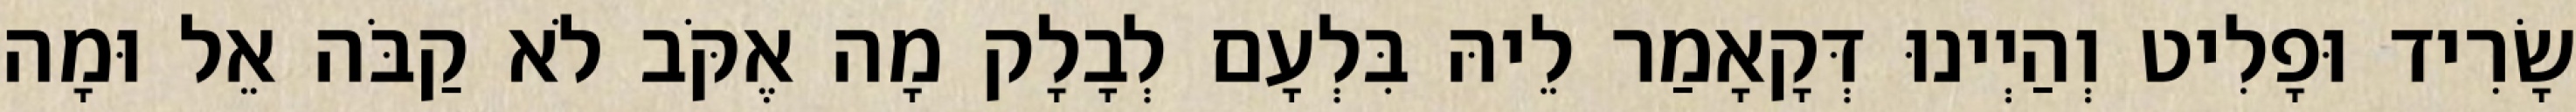
שָׂרִיד וּפָלִיט וְהַיְינוּ דְּקָאָמַר לֵיהּ בִּלְעָם לְבָלָק מָה אֶקֹּב לֹא קַבֹּה אֵל וּמָה